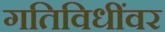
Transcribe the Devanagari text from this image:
गतिविधींवर